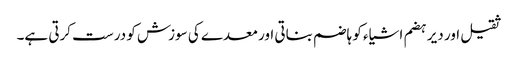
ثقیل اور دیر ہضم اشیاء کو ہاضم بناتی اور معدے کی سوزش کو درست کرتی ہے۔